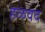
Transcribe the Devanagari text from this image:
हळवद